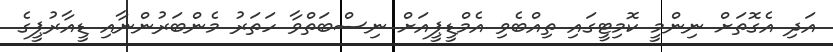
އަދި އެގޮތަށް ނިންމީ ކޮމިޓީގައި ތިއްބެވި އެމްޑީޕީއަށް ނިސްބަތްވާ ހަތަރު މެންބަރުންނާއި ޑީއާރުޕީގެ